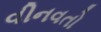
વીનવતો